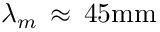
\lambda _ { m } \, \approx \, 4 5 \mathrm { { m m } }